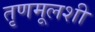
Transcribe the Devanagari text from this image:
तृणमूलशी